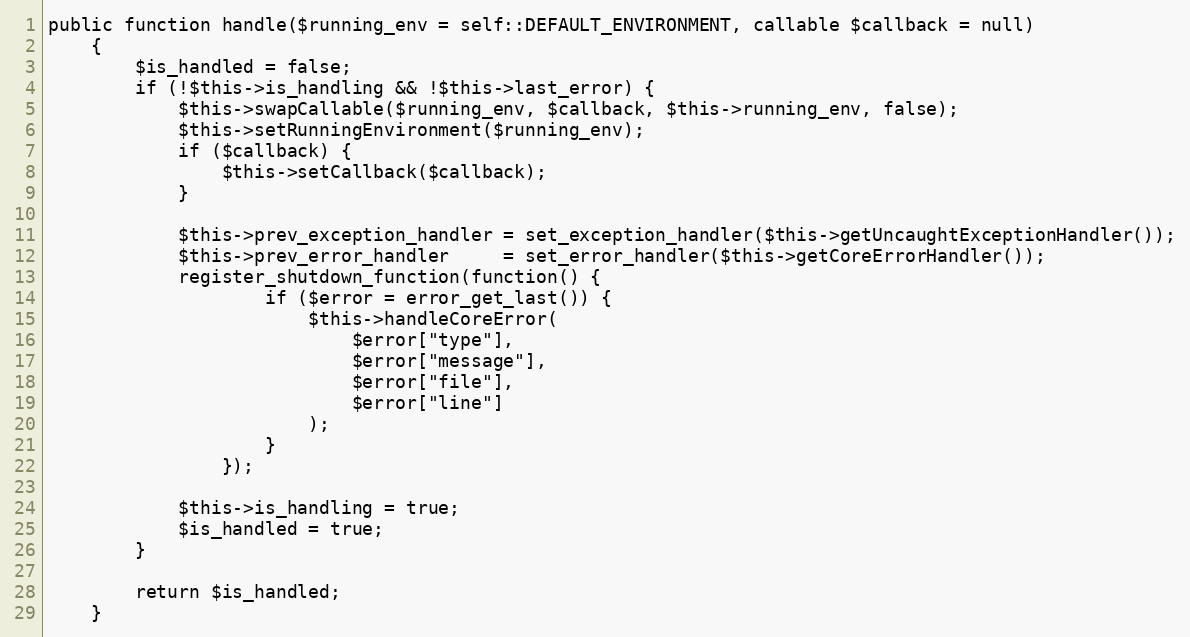
Language: PHP
public function handle($running_env = self::DEFAULT_ENVIRONMENT, callable $callback = null)
    {
        $is_handled = false;
        if (!$this->is_handling && !$this->last_error) {
            $this->swapCallable($running_env, $callback, $this->running_env, false);
            $this->setRunningEnvironment($running_env);
            if ($callback) {
                $this->setCallback($callback);
            }

            $this->prev_exception_handler = set_exception_handler($this->getUncaughtExceptionHandler());
            $this->prev_error_handler     = set_error_handler($this->getCoreErrorHandler());
            register_shutdown_function(function() {
                    if ($error = error_get_last()) {
                        $this->handleCoreError(
                            $error["type"],
                            $error["message"],
                            $error["file"],
                            $error["line"]
                        );
                    }
                });

            $this->is_handling = true;
            $is_handled = true;
        }

        return $is_handled;
    }